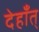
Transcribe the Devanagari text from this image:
देहाँत्